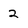
Character: 2